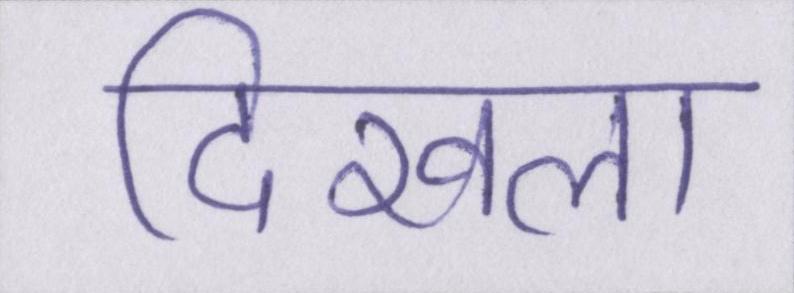
दिखला